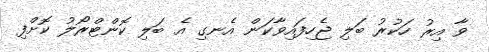
ވާ އިރު ހަކުރު ބަލި ޖެހިފައިވާކަން އެނގި އެ ބަލި ކޮންޓްރޯލު ކޮށްފި